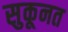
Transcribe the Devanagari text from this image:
सुकूनत